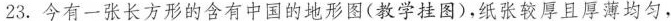
23.今有一张长方形的含有中国的地形图(教学挂图)，纸张较厚且厚薄均匀，